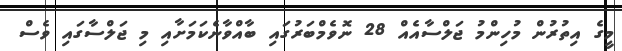
މީގެ އިތުރުން މުހިންމު ޖަލްސާއެއް 28 ނޮވެމްބަރުގައި ބާއްވާނެކަމަށާއި މި ޖަލްސާގައި ވެސް